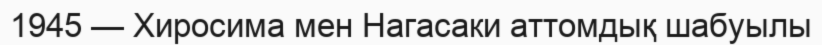
1945 — Хиросима мен Нагасаки аттомдық шабуылы